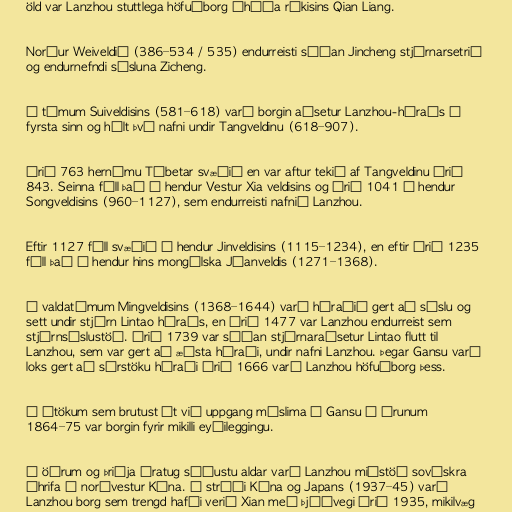
öld var Lanzhou stuttlega höfuðborg óháða ríkisins Qian Liang.

Norður Weiveldið (386–534 / 535) endurreisti síðan Jincheng stjórnarsetrið
og endurnefndi sýsluna Zicheng.

Á tímum Suiveldisins (581–618) varð borgin aðsetur Lanzhou-héraðs í
fyrsta sinn og hélt því nafni undir Tangveldinu (618–907).

Árið 763 hernámu Tíbetar svæðið en var aftur tekið af Tangveldinu árið
843. Seinna féll það í hendur Vestur Xia veldisins og árið 1041 í hendur
Songveldisins (960–1127), sem endurreisti nafnið Lanzhou.

Eftir 1127 féll svæðið í hendur Jinveldisins (1115–1234), en eftir árið 1235
féll það í hendur hins mongólska Júanveldis (1271–1368).

Á valdatímum Mingveldisins (1368–1644) varð héraðið gert að sýslu og
sett undir stjórn Lintao héraðs, en árið 1477 var Lanzhou endurreist sem
stjórnsýslustöð. Árið 1739 var síðan stjórnaraðsetur Lintao flutt til
Lanzhou, sem var gert að æðsta héraði, undir nafni Lanzhou. Þegar Gansu varð
loks gert að sérstöku héraði árið 1666 varð Lanzhou höfuðborg þess.

Í átökum sem brutust út við uppgang múslima í Gansu á árunum
1864–75 var borgin fyrir mikilli eyðileggingu.

Á öðrum og þriðja áratug síðustu aldar varð Lanzhou miðstöð sovéskra
áhrifa í norðvestur Kína. Í stríði Kína og Japans (1937–45) varð
Lanzhou borg sem trengd hafði verið Xian með þjóðvegi árið 1935, mikilvæg